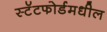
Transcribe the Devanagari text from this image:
स्टॅटफोर्डमधील